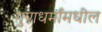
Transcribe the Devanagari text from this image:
गुणधर्मांमधील